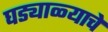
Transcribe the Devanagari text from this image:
घड्याळ्याचे